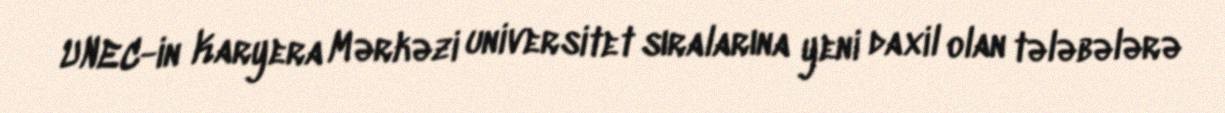
UNEC-in Karyera Mərkəzi universitet sıralarına yeni daxil olan tələbələrə